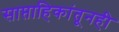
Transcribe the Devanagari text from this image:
साप्ताहिकांतूनही